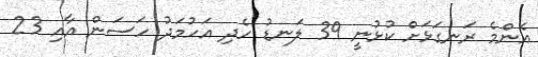
އެންމެ ރަނގަޅަށް ކުޅުނީ 39 ލަނޑު ހެދި އަހުމަދު ހަސަން އާއި 23